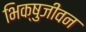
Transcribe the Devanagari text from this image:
भिक्षुजीवन